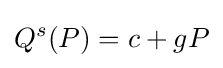
Q^{s}(P)=c+gP